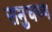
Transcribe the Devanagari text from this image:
समुचच्य